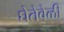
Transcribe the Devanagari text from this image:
घेतेवेळी